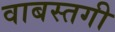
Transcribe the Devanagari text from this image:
वाबस्तगी